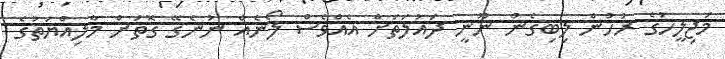
މަޖިލީހުގެ ރުހުން ލިބިގެން ނޫނީ ދައުލަތަށް އެއްވެސް ލޯނެއް ނުނެގޭ ގޮތަށް މާލިއްޔަތުގެ